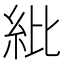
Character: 紕